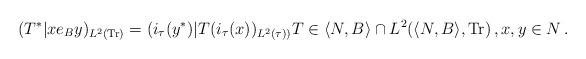
LaTeX: \begin{align*}(T^*|xe_B y)_{L^2({\rm Tr})}=(i_\tau (y^*) | T (i_\tau (x))_{L^2(\tau))}T\in \langle N,B\rangle\cap L^2(\langle N,B\rangle,{\rm Tr})\, , x,y\in N\, .\end{align*}